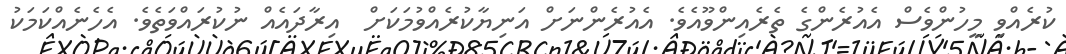
ކުރެއްވި މީހުންވެސް އެއުރެންގެ ތެރެއިންވޫއެވެ. އެއުރެންނަށް އަނިޔާކުރެއްވުމަކަށް  އިރާދައެއް ނުކުރައްވަތެވެ. އެހެނެއްކަމަކު